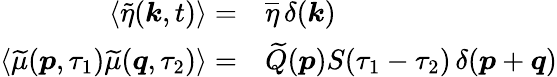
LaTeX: \begin{array}{rl}{\left<\widetilde{\eta}(\boldsymbol{k},t)\right>=}&{\overline{{\eta}}\operatorname{\delta}(\boldsymbol{k})}\\ {\left<\widetilde{\mu}(\boldsymbol{p},\tau_{1})\widetilde{\mu}(\boldsymbol{q},\tau_{2})\right>=}&{\widetilde{Q}\! \left(\boldsymbol{p}\right)S(\tau_{1}-\tau_{2})\operatorname{\delta}(\boldsymbol{p}+\boldsymbol{q})}\end{array}